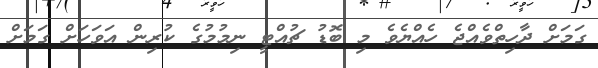
ގަމަށް ދާހިތްވެއްޖެ ހެއްޔެވެ މި ބޮޑު ޗުއްޓީ ނިމުމުގެ ކުރިން އަވަހަށް ގަމަށް